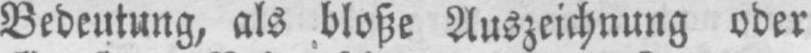
Bedeutung, als bloße Auszeichnung oder